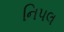
નિપલ